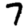
Digit: 7